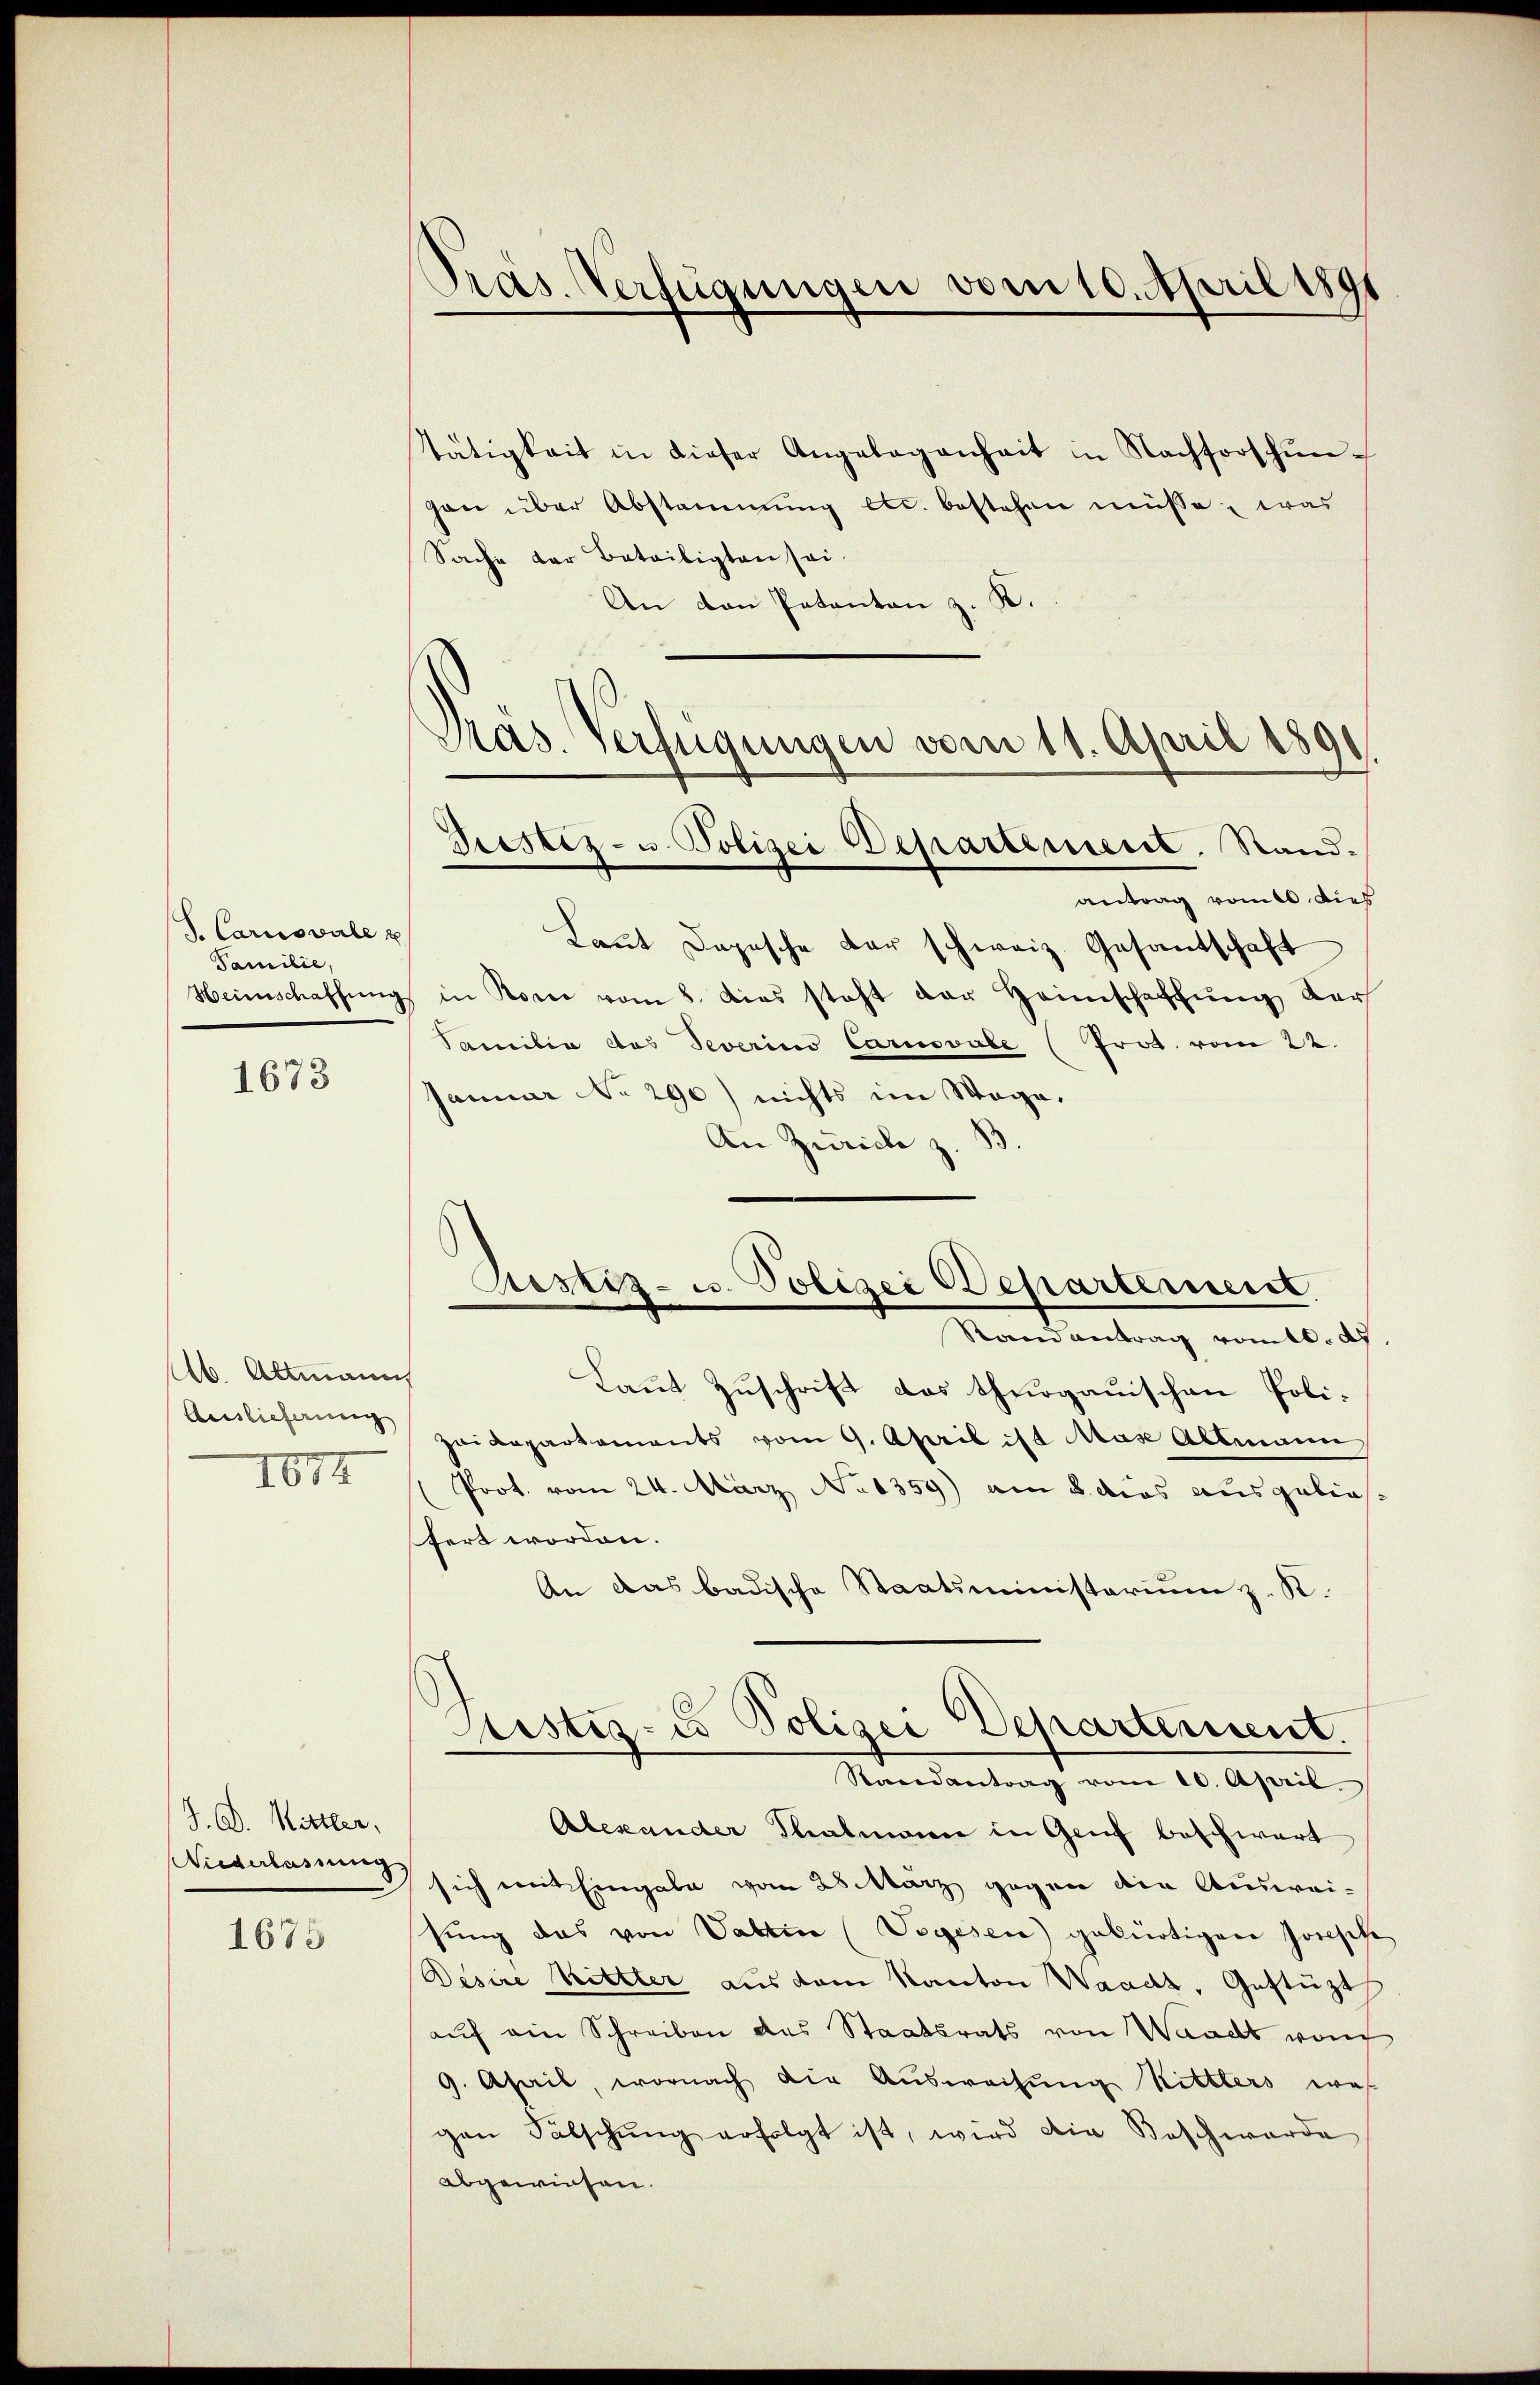
J. Carnovaleu
Familie,
Heimschaffung

1673

Ab. Altmann
Auslieferung
1674

J. D. Mittler,
Niederlassung

1675

Tätigkeit in dieser Angelegenheit in Nachforschŭn-
gan über Abstammung etc. bestehen müsse, was
Sache der Beteiligten sei.
An von Patanton z. K.
Präs. Verfügungen vom 11. April 1891

Pras. Verfügungen vom 10. April 1891

Prestiz- u Polizei Departement. Stand.

antrag vom 10. dies
Laṅt Dopische der schweiz. Gesantschaft
in Rome vom 8. dies steht der Heimschaffung der
Samilie des Severino Carnovale (Prot. vom 22.
Januar No 290) nichts im Wage.
An Zürich z. B.
Stand antrag vom 6. ds.
Laut Zuschrift das thurgauischen Poli¬
Zeidepartaments vom 9. April ist Mas Altmann
Prot. vom 24. März No 1359) am 8. das ausgeliefert worden.
An das badische Staatsministerium z. R.
Sistiz- u Polizei Departement.
Randantrag vom 10. April
Alexander Salmann in Genf beschwart
sich mit Eingabe vom 28. März gegen die Ausweisung das von Valtin (Vegesen) gebürtigen Josische
Desire Rittler aus dem Kanton Waadt, Gestützt
auf ein Schreiben des Staatsrats von Waadt von
9. April, wornach die Aŭsweisŭng Rittlers wes
gen Fälschŭng erfolgt ist, wird die Beschwerde
abgewiesen.

Justiz- u. Polizei Departement